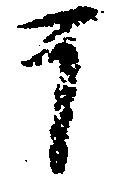
于